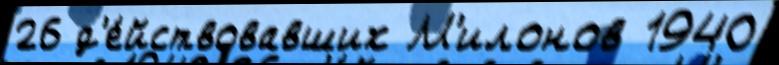
26 д'е́йствовавших М'илонов 1940